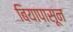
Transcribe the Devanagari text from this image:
बियापासून